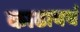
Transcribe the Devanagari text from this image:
काढायचं